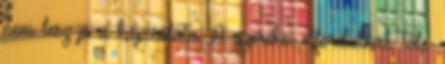
nem lesz jó a kapcsolata. A gyerekei elfordulnak tőle.